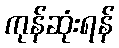
ကုန်ဆုံးရန်